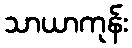
သာယာကုန်း